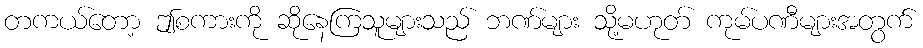
တကယ်တော့ ဤစကားကို ဆိုနေကြသူများသည် ဘဏ်များ သို့မဟုတ် ကုမ်ပဏီများအတွက်